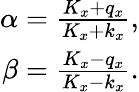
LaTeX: \begin{array}{r}{\alpha=\frac{K_{x}+q_{x}}{K_{x}+k_{x}},}\\ {\beta=\frac{K_{x}-q_{x}}{K_{x}-k_{x}}.}\end{array}